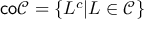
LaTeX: { \mathsf { c o } } { \mathcal { C } } = \left\{ L ^ { c } | L \in { \mathcal { C } } \right\}